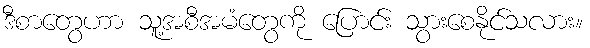
ဒီစာတွေဟာ သူ့အစီအမံတွေကို ပြောင်း သွားစေနိုင်သလား။